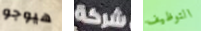
هيوجو شركة التوظيف